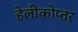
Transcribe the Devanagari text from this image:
हेलीकोप्तर